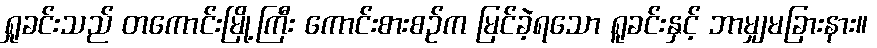
ရှုခင်းသည် တကောင်းမြို့ကြီး ကောင်းစားစဉ်က မြင်ခဲ့ရသော ရူခင်းနှင့် ဘာမျှမခြားနား။